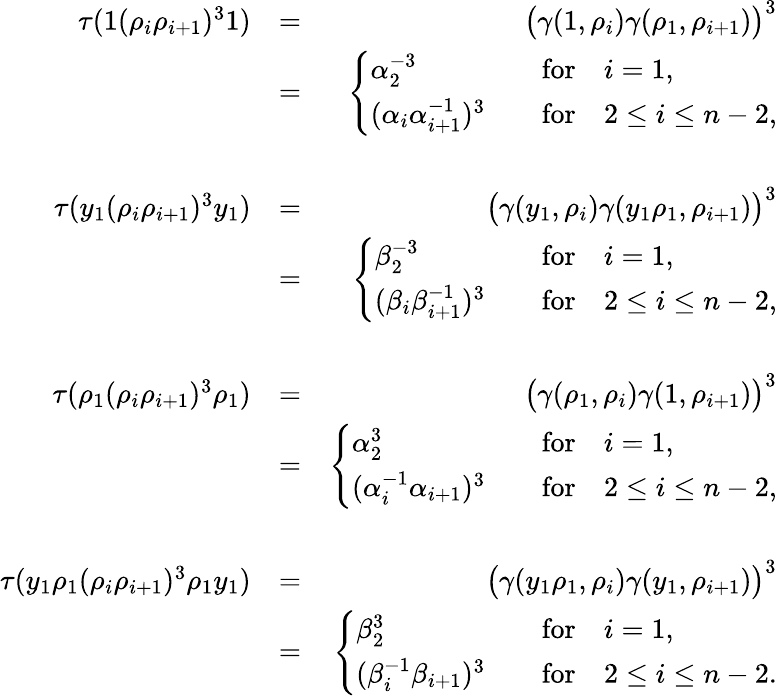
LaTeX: \begin{array}{rlr}{\tau(1(\rho_{i}\rho_{i+1})^{3}1)}&{=}&{\big(\gamma(1,\rho_{i})\gamma(\rho_{1},\rho_{i+1})\big)^{3}}\\ &{=}&{\left\{ \begin{array}{ll}{\alpha_{2}^{-3}}&{\quad\textrm{for}\quad i=1,}\\ {(\alpha_{i}\alpha_{i+1}^{-1})^{3}}&{\quad\textrm{for}\quad 2\leq i\leq n-2,}\end{array}\right.}\\ &{}&\\ {\tau(y_{1}(\rho_{i}\rho_{i+1})^{3}y_{1})}&{=}&{\big(\gamma(y_{1},\rho_{i})\gamma(y_{1}\rho_{1},\rho_{i+1})\big)^{3}}\\ &{=}&{\left\{ \begin{array}{ll}{\beta_{2}^{-3}}&{\quad\textrm{for}\quad i=1,}\\ {(\beta_{i}\beta_{i+1}^{-1})^{3}}&{\quad\textrm{for}\quad 2\leq i\leq n-2,}\end{array}\right.}\\ &{}&\\ {\tau(\rho_{1}(\rho_{i}\rho_{i+1})^{3}\rho_{1})}&{=}&{\big(\gamma(\rho_{1},\rho_{i})\gamma(1,\rho_{i+1})\big)^{3}}\\ &{=}&{\left\{ \begin{array}{ll}{\alpha_{2}^{3}}&{\quad\textrm{for}\quad i=1,}\\ {(\alpha_{i}^{-1}\alpha_{i+1})^{3}}&{\quad\textrm{for}\quad 2\leq i\leq n-2,}\end{array}\right.}\\ &{}&\\ {\tau(y_{1}\rho_{1}(\rho_{i}\rho_{i+1})^{3}\rho_{1}y_{1})}&{=}&{\big(\gamma(y_{1}\rho_{1},\rho_{i})\gamma(y_{1},\rho_{i+1})\big)^{3}}\\ &{=}&{\left\{ \begin{array}{ll}{\beta_{2}^{3}}&{\quad\textrm{for}\quad i=1,}\\ {(\beta_{i}^{-1}\beta_{i+1})^{3}}&{\quad\textrm{for}\quad 2\leq i\leq n-2.}\end{array}\right.}\end{array}